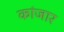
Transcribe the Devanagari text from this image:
कांजार